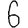
Digit: 6